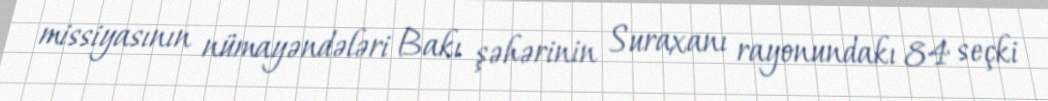
missiyasının nümayəndələri Bakı şəhərinin Suraxanı rayonundakı 84 seçki